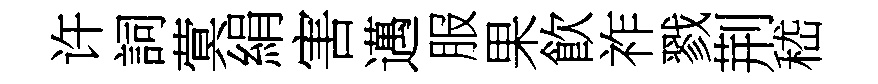
许詞蓂絹害邁服果飮祚戮荆嵇